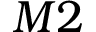
M 2